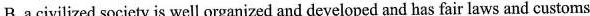
B.a civilized society is well organized and developed and has fair laws and customs